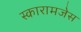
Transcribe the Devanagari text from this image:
स्कारामजेस